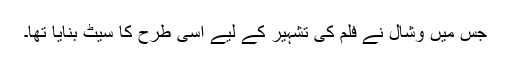
جس میں وشال نے فلم کی تشہیر کے لیے اسی طرح کا سیٹ بنایا تھا۔